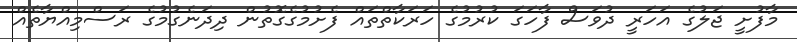
މާފުށީ ޖަލުގެ އަހަރީ ދުވަސް ފާހަގަ ކުރުމުގެ ހަރަކާތްތައް ފެށުމުގެގޮތުން ދިދަނެގުމުގެ ރަސްމިއްޔާތެއް